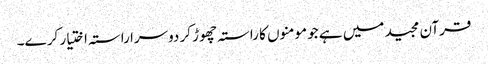
قرآن مجید میں ہے جو مومنوں کا راستہ چھوڑ کر دوسرا راستہ اختیار کر ے۔